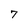
Character: 7